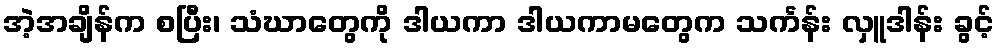
အဲ့အချိန်က စပြီး၊ သံဃာတွေကို ဒါယကာ ဒါယကာမတွေက သင်္ကန်း လှူဒါန်း ခွင့်